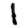
Digit: 1